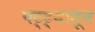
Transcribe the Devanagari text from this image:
पट्ट्यातून